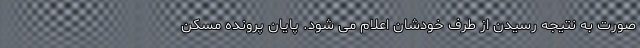
صورت به نتیجه رسیدن از طرف خودشان اعلام می شود. پایان پرونده مسکن